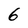
Character: 6